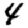
Digit: 4